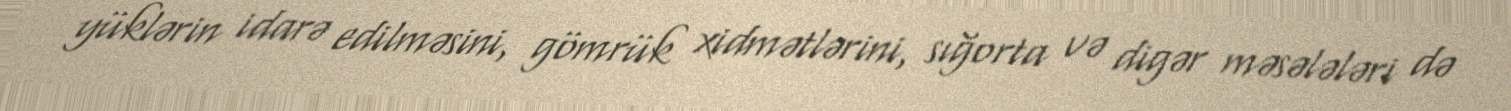
yüklərin idarə edilməsini, gömrük xidmətlərini, sığorta və digər məsələləri də